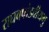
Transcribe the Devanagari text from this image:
राघवपांडवीयमु